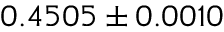
0 . 4 5 0 5 \pm 0 . 0 0 1 0